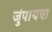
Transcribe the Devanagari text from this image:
जुंपायचा